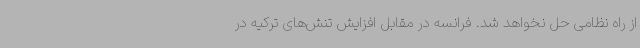
از راه نظامی حل نخواهد شد. فرانسه در مقابل افزایش تنش‌های ترکیه در